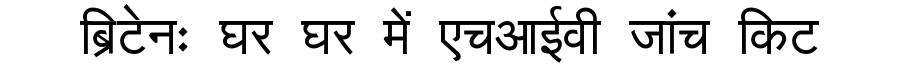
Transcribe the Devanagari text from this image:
ब्रिटेनः घर घर में एचआईवी जांच किट